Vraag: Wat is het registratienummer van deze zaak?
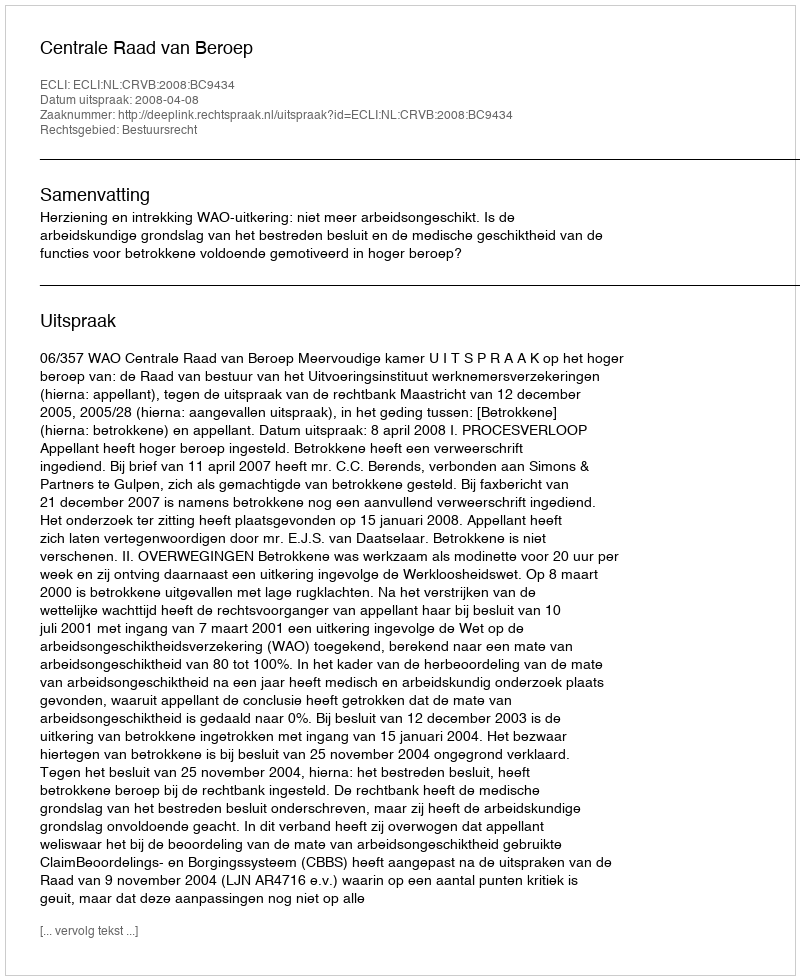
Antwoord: http://deeplink.rechtspraak.nl/uitspraak?id=ECLI:NL:CRVB:2008:BC9434